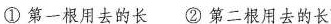
①第一根用去的长②第二根用去的长